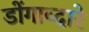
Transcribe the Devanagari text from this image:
डोंगाव्दारे